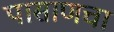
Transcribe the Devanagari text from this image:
पासाणचा